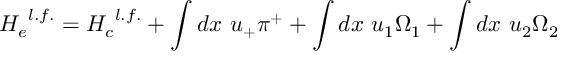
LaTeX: { H _ { e } } ^ { l . f . } = { H _ { c } } ^ { l . f . } + \int d x ~ u _ { + } \pi ^ { + } + \int d x ~ u _ { 1 } \Omega _ { 1 } + \int d x ~ u _ { 2 } \Omega _ { 2 }